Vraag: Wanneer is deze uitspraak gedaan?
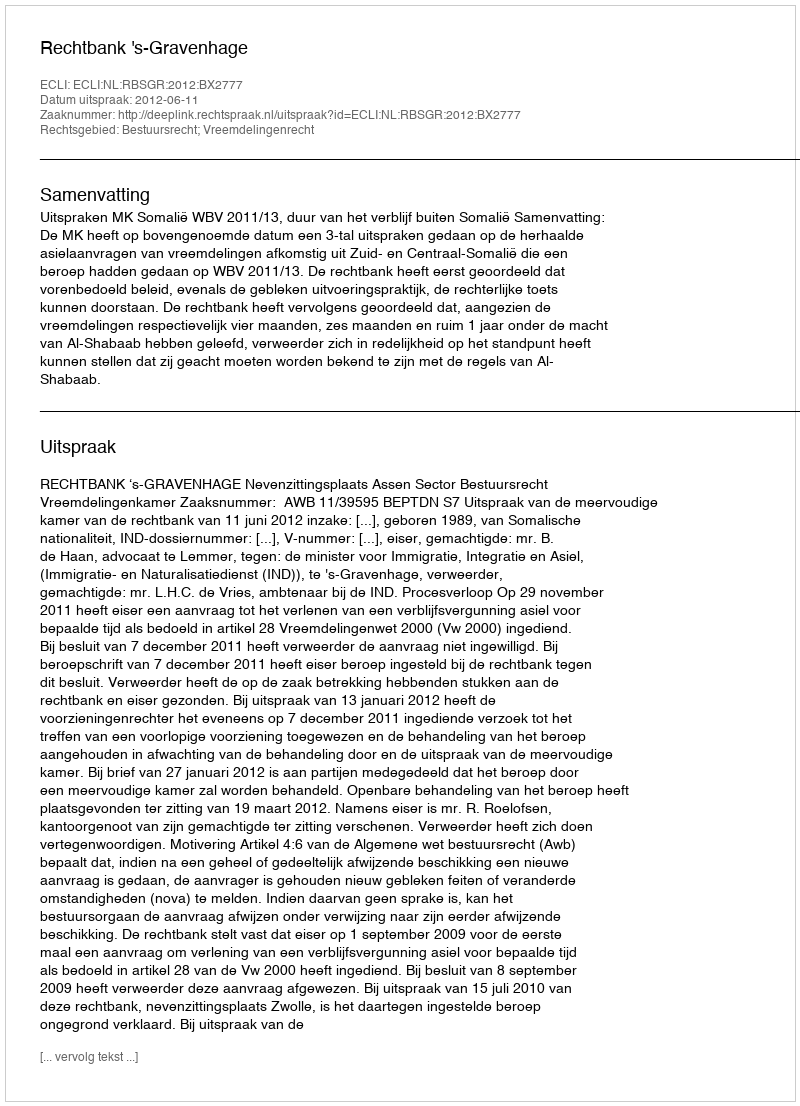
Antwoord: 2012-06-11